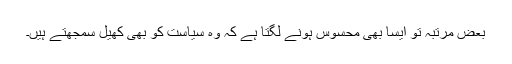
بعض مرتبہ تو ایسا بھی محسوس ہونے لگتا ہے کہ وہ سیاست کو بھی کھیل سمجھتے ہیں۔